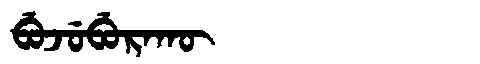
Manchu: ᠪᡠᠵᡠᠪᡠᡵᠠᡴᡡ
Romanization: BUJUBURAKŪ